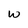
Character: w